Annual administration report of the Civil Veterinary Department, Sind - 1943-1944
Year: 1943
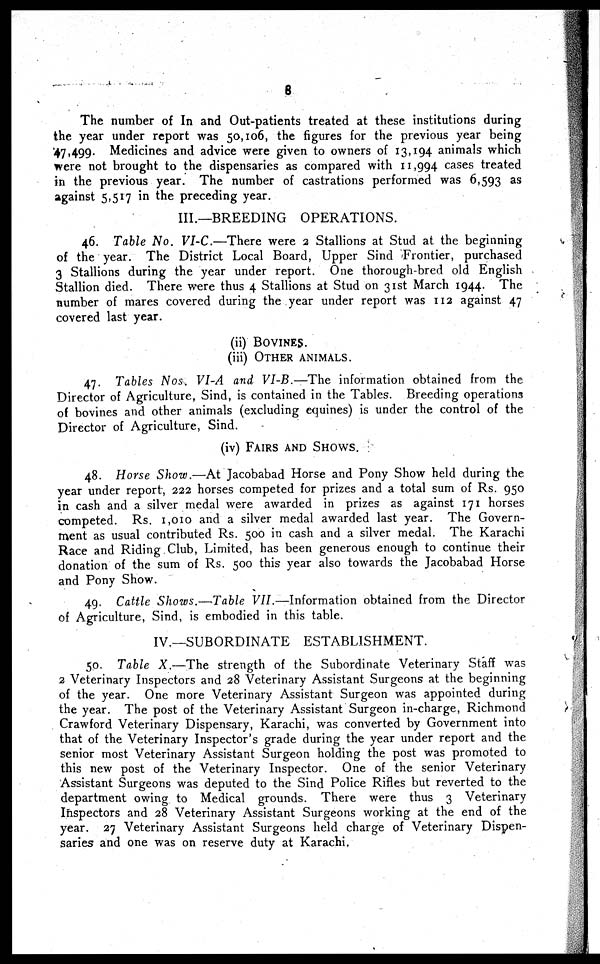
8
The number of In and Out-patients treated at these institutions during
the year under report was 50,106, the figures for the previous year being
47,499. Medicines and advice were given to owners of 13,194 animals which
were not brought to the dispensaries as compared with 11,994 cases treated
in the previous year. The number of castrations performed was 6,593 as
against 5,517 in the preceding year.
III.—BREEDING OPERATIONS.
46. Table No. VI-C.—There were 2 Stallions at Stud at the beginning
of the year. The District Local Board, Upper Sind Frontier, purchased
3 Stallions during the year under report. One thorough-bred old English
Stallion died. There were thus 4 Stallions at Stud on 31st March 1944. The
number of mares covered during the year under report was 112 against 47
covered last year.
(ii) BOVINES.
(iii)
OTHER ANIMALS.
47. Tables Nos. VI-A and VI-B.—The information obtained from the
Director of Agriculture, Sind, is contained in the Tables. Breeding operations
of bovines and other animals (excluding equines) is under the control of the
Director of Agriculture, Sind.
(iv) FAIRS AND SHOWS.
48. Horse Show.—At Jacobabad Horse and Pony Show held during the
year under report, 222 horses competed for prizes and a total sum of Rs. 950
in cash and a silver medal were awarded in prizes as against 171 horses
competed. Rs. 1,010 and a silver medal awarded last year. The Govern-
ment as usual contributed Rs. 500 in cash and a silver medal. The Karachi
Race and Riding Club, Limited, has been generous enough to continue their
donation of the sum of Rs. 500 this year also towards the Jacobabad Horse
and Pony Show.
49. Cattle Shows.—Table VII.—Information obtained from the Director
of Agriculture, Sind, is embodied in this table.
IV.—SUBORDINATE ESTABLISHMENT.
50. Table X.—The strength of the Subordinate Veterinary Staff was
2 Veterinary Inspectors and 28 Veterinary Assistant Surgeons at the beginning
of the year. One more Veterinary Assistant Surgeon was appointed during
the year. The post of the Veterinary Assistant Surgeon in-charge, Richmond
Crawford Veterinary Dispensary, Karachi, was converted by Government into
that of the Veterinary Inspector's grade during the year under report and the
senior most Veterinary Assistant Surgeon holding the post was promoted to
this new post of the Veterinary Inspector. One of the senior Veterinary
Assistant Surgeons was deputed to the Sind Police Rifles but reverted to the
department owing to Medical grounds. There were thus 3 Veterinary
Inspectors and 28 Veterinary Assistant Surgeons working at the end of the
year. 27 Veterinary Assistant Surgeons held charge of Veterinary Dispen-
saries and one was on reserve duty at Karachi,